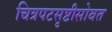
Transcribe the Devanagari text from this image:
चित्रपटसृष्टीसोबत